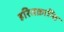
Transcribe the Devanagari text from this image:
हरितक्रान्ति